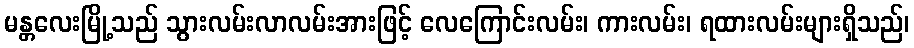
မန္တလေးမြို့သည် သွားလမ်းလာလမ်းအားဖြင့် လေကြောင်းလမ်း၊ ကားလမ်း၊ ရထားလမ်းများရှိသည်၊